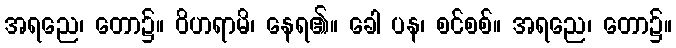
အရညေ၊ တော၌။ ဝိဟရာမိ၊ နေရ၏။ ခေါ ပန၊ စင်စစ်။ အရညေ၊ တော၌။